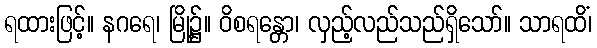
ရထားဖြင့်။ နဂရေ၊ မြို့၌။ ဝိစရန္တော၊ လှည့်လည်သည်ရှိသော်။ သာရထိံ၊